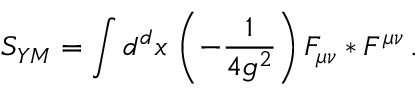
S _ { Y M } = \int d ^ { d } x \, \left( - \frac { 1 } { 4 g ^ { 2 } } \right) F _ { \mu \nu } * F ^ { \mu \nu } \, .